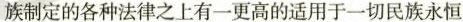
族制定的各种法律之上有一更高的适用于一切民族永恒